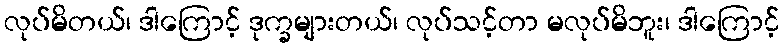
လုပ်မိတယ်၊ ဒါကြောင့် ဒုက္ခများတယ်၊ လုပ်သင့်တာ မလုပ်မိဘူး၊ ဒါကြောင့်